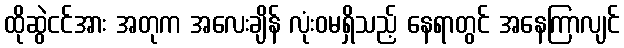
ထိုဆွဲငင်အား အတုက အလေးချိန် လုံးဝမရှိသည့် နေရာတွင် အနေကြာလျင်